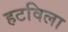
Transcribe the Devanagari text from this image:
हटविला